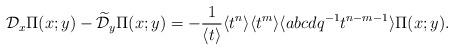
LaTeX: \begin{align*}{\mathcal D}_x \Pi(x;y)-\widetilde{{\mathcal D}}_y \Pi(x;y)=-{1\over \langle t\rangle} \langle t^n\rangle\langle t^{m}\rangle\langle abcdq^{-1}t^{n-m-1}\rangle \Pi(x;y).\end{align*}